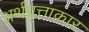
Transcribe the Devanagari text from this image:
अर्थवृत्ताकार